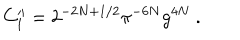
LaTeX: C _ { 1 } ^ { \prime \prime } = 2 ^ { - 2 N + 1 / 2 } \pi ^ { - 6 N } g ^ { 4 N } \ .